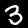
Label: 3